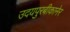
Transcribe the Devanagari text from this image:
उदयपुरबीकानेर